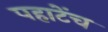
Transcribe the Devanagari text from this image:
पहाटेंच